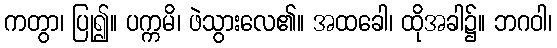
ကတွာ၊ ပြု၍။ ပက္ကမိ၊ ဖဲသွားလေ၏။ အထခေါ၊ ထိုအခါ၌။ ဘဂဝါ၊